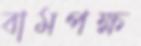
বামপক্ষ